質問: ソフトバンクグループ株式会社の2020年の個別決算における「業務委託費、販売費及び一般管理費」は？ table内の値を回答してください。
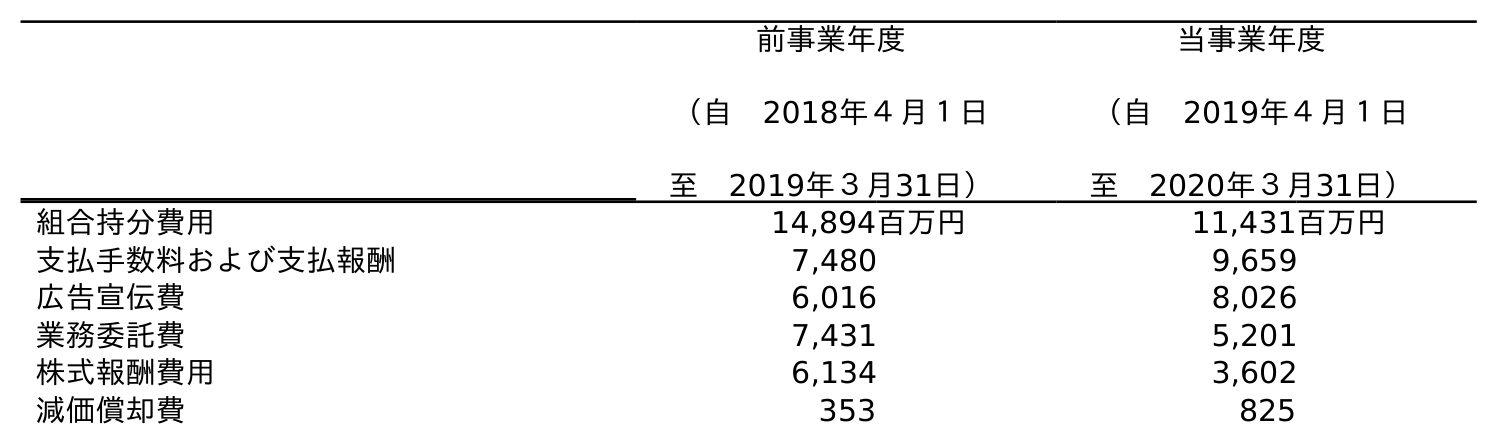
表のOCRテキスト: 前事業年度 （自 2018年４月１日 至 2019年３月31日） 当事業年度 （自 2019年４月１日 至 2020年３月31日） 組合持分費用 14,894百万円 11,431百万円 支払手数料および支払報酬 7,480 9,659 広告宣伝費 6,016 8,026 業務委託費 7,431 5,201 株式報酬費用 6,134 3,602 減価償却費 353 825
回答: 5,201